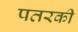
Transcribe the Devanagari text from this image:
पतरकी